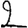
Digit: 2